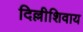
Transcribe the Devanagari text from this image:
दिल्लीशिवाय